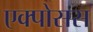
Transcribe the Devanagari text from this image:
एक्पोसस